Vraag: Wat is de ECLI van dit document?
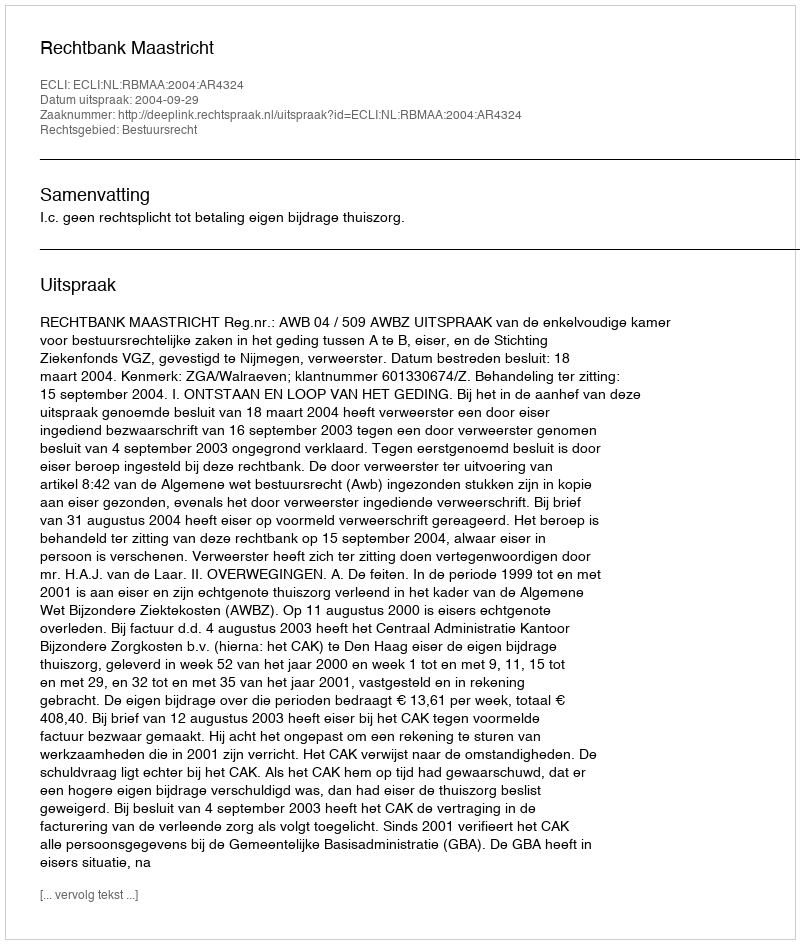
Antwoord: ECLI:NL:RBMAA:2004:AR4324